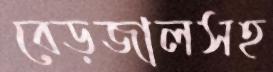
বেড়জালসহ